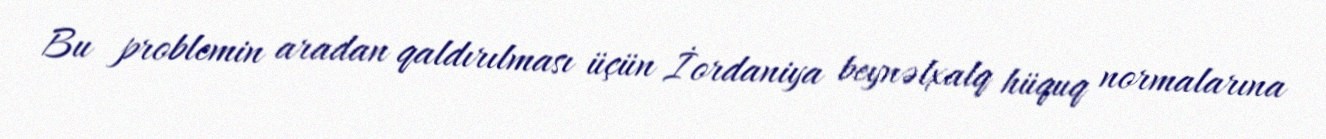
Bu problemin aradan qaldırılması üçün İordaniya beynəlxalq hüquq normalarına